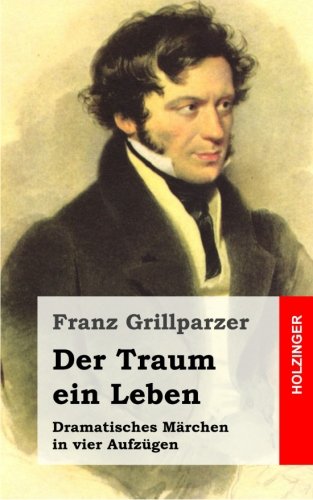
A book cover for Der Traum ein Leben: Dramatisches MÃ¤rchen in vier AufzÃ¼gen (German Edition); Franz Grillparzer; Literature & Fiction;